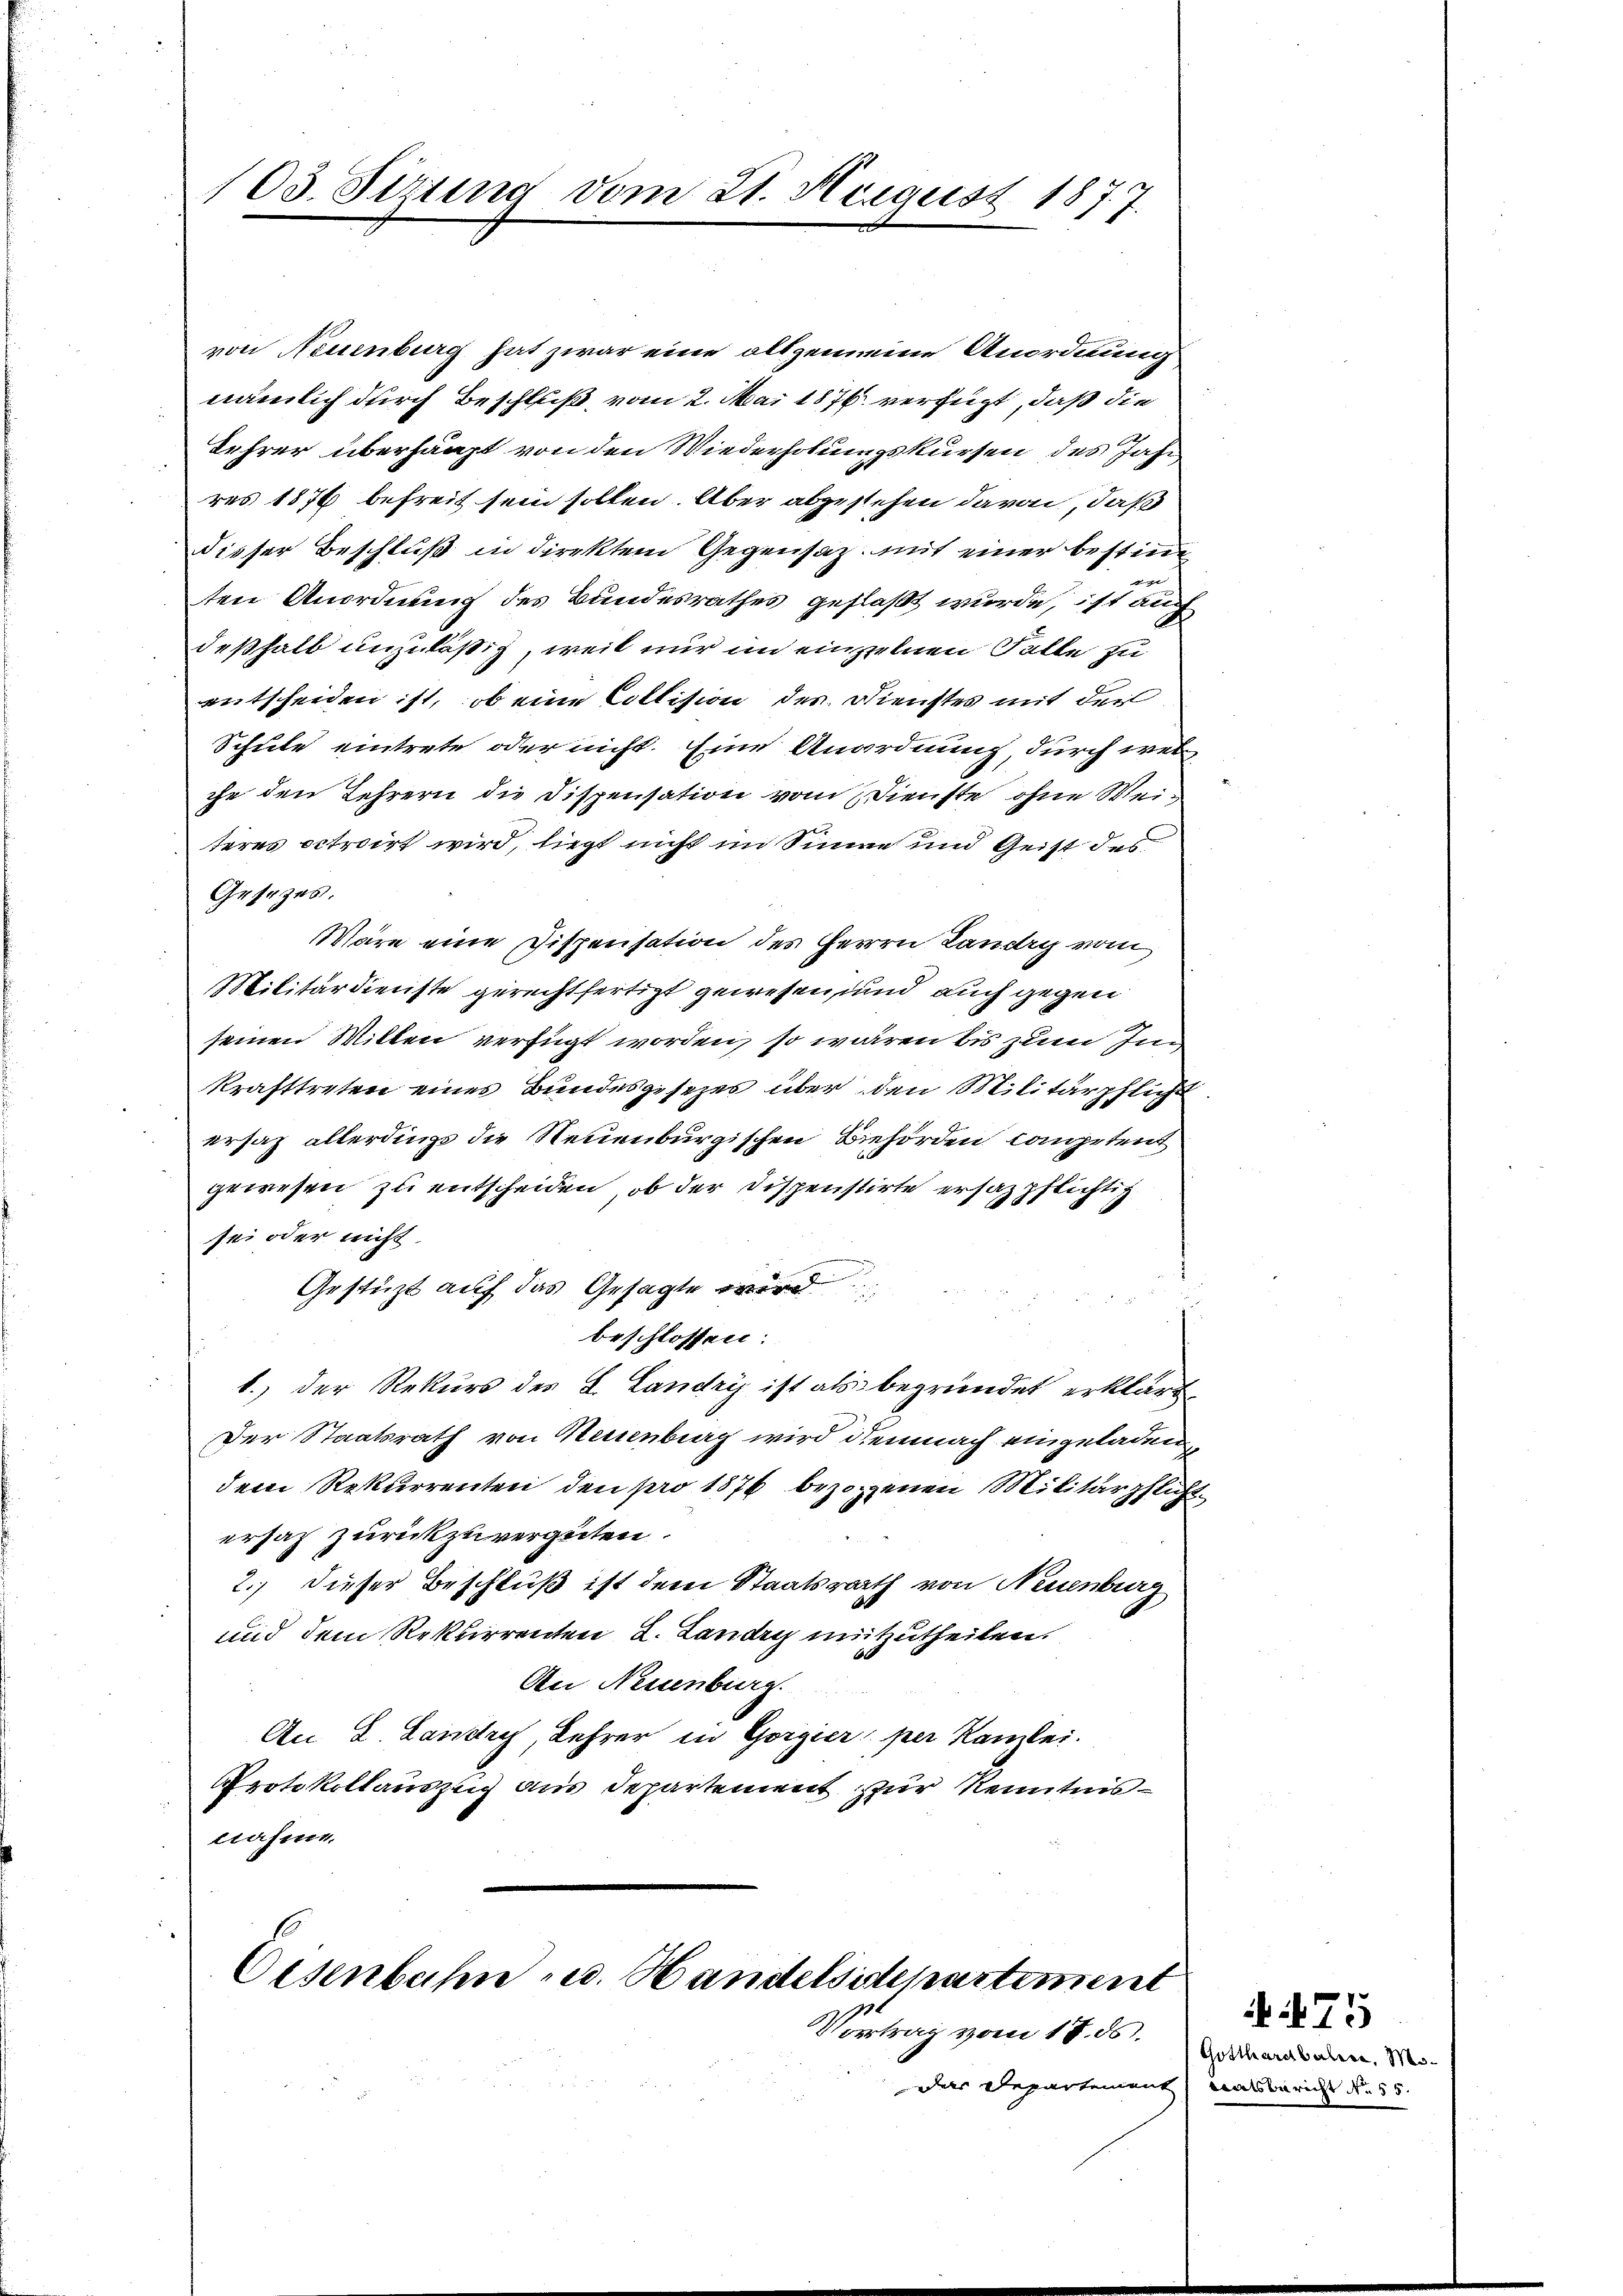
103. Sitzung vom 21. Neigust 1877.

von Neuenburg hat zwar eine allgemeine Anordnung
nämlich durch Beschluß vom 2. Mai 1876 verfügt, daß die
Lehrer überhaupt von den Wiederholungskursen des Jahr,
res 1876 befreit sein sollen. Aber abzustehen davon, daß
dieser Beschluß in direktem Gegensaz. mit einer bestimm
ten Anordnung des Bundesrathes geflaßt wurde, ist auch
deßhalb unzuläßig, weil nur in einzelnen Falle zu
entscheiden ist, ob eine Collision der Dienstes mit der
Schule eintrete oder nicht. Eine Anordnung durch wei
che den Lehrern die Dispensation vom Dienste ohne Weiteres octroirt wird, liegt nicht im Sinne und Geist des
Gesezes.
Wäre eine Dispensation des Herrn Landig vom
Militärdienste gerechtfertigt gewesen, und auch gegen
seinen Willen verfügt worden, so wären bis zum In
krafttreten eines Bundesgesezes über den Militärpflicht
ersatz allerdings die Neuenburgischen Behörden Competent
gewesen zu entscheiden, ob der Dispenstirte ersazpflichtig
sei oder nicht
Gestützt auf das Gesagte wird
beschlossen:
1.) Der Rekurs des L. Landry ist als begründet erklärt.
Der Staatsrath von Neuenburg wird demnach eingeladenen
dem Rekurrenten den pro 1876 bezogenen Militärpflicht
ersah zurückzuvergüten.
2.) dieser Beschluß ist dem Staatsrath von Neuenburg
und dem Rekurrenten L. Landry mitzutheilen.
An Neuenburg.
An L. Landre Lehrer in Gorgier per Kanzlei.
Protokollauszug aus Departement zur Kenntnisnahme.

Osenbahn u. Handelsstepartement
Vortrag vom 17. ds.

Das Departement

Gotthardbalere. Mi¬
Ratsbericht No 15.

75